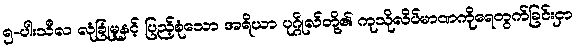
၅-ပါးသီလ လုံခြုံမှုနှင့် ပြည့်စုံသော အရိယာ ပုဂ္ဂိုလ်တို့၏ ကုသိုလိပ်မာဏကိုရေတွက်ခြင်းငှာ